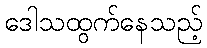
ဒေါသထွက်နေသည့်